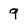
Character: 9